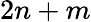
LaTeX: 2n+m